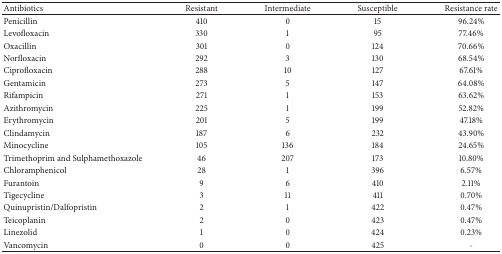
<table><thead><tr><td><b>Antibiotics</b></td><td><b>Resistant</b></td><td><b>Intermediate</b></td><td><b>Susceptible</b></td><td><b>Resistance rate</b></td></tr></thead><tbody><tr><td>Penicillin</td><td>410</td><td>0</td><td>15</td><td>96.24%</td></tr><tr><td>Levofloxacin</td><td>330</td><td>1</td><td>95</td><td>77.46%</td></tr><tr><td>Oxacillin</td><td>301</td><td>0</td><td>124</td><td>70.66%</td></tr><tr><td>Norfloxacin</td><td>292</td><td>3</td><td>130</td><td>68.54%</td></tr><tr><td>Ciprofloxacin</td><td>288</td><td>10</td><td>127</td><td>67.61%</td></tr><tr><td>Gentamicin</td><td>273</td><td>5</td><td>147</td><td>64.08%</td></tr><tr><td>Rifampicin</td><td>271</td><td>1</td><td>153</td><td>63.62%</td></tr><tr><td>Azithromycin</td><td>225</td><td>1</td><td>199</td><td>52.82%</td></tr><tr><td>Erythromycin</td><td>201</td><td>5</td><td>199</td><td>47.18%</td></tr><tr><td>Clindamycin</td><td>187</td><td>6</td><td>232</td><td>43.90%</td></tr><tr><td>Minocycline</td><td>105</td><td>136</td><td>184</td><td>24.65%</td></tr><tr><td>Trimethoprim and Sulphamethoxazole</td><td>46</td><td>207</td><td>173</td><td>10.80%</td></tr><tr><td>Chloramphenicol</td><td>28</td><td>1</td><td>396</td><td>6.57%</td></tr><tr><td>Furantoin</td><td>9</td><td>6</td><td>410</td><td>2.11%</td></tr><tr><td>Tigecycline</td><td>3</td><td>11</td><td>411</td><td>0.70%</td></tr><tr><td>Quinupristin/Dalfopristin</td><td>2</td><td>1</td><td>422</td><td>0.47%</td></tr><tr><td>Teicoplanin</td><td>2</td><td>0</td><td>423</td><td>0.47%</td></tr><tr><td>Linezolid</td><td>1</td><td>0</td><td>424</td><td>0.23%</td></tr><tr><td>Vancomycin</td><td>0</td><td>0</td><td>425</td><td>-</td></tr></tbody></table>